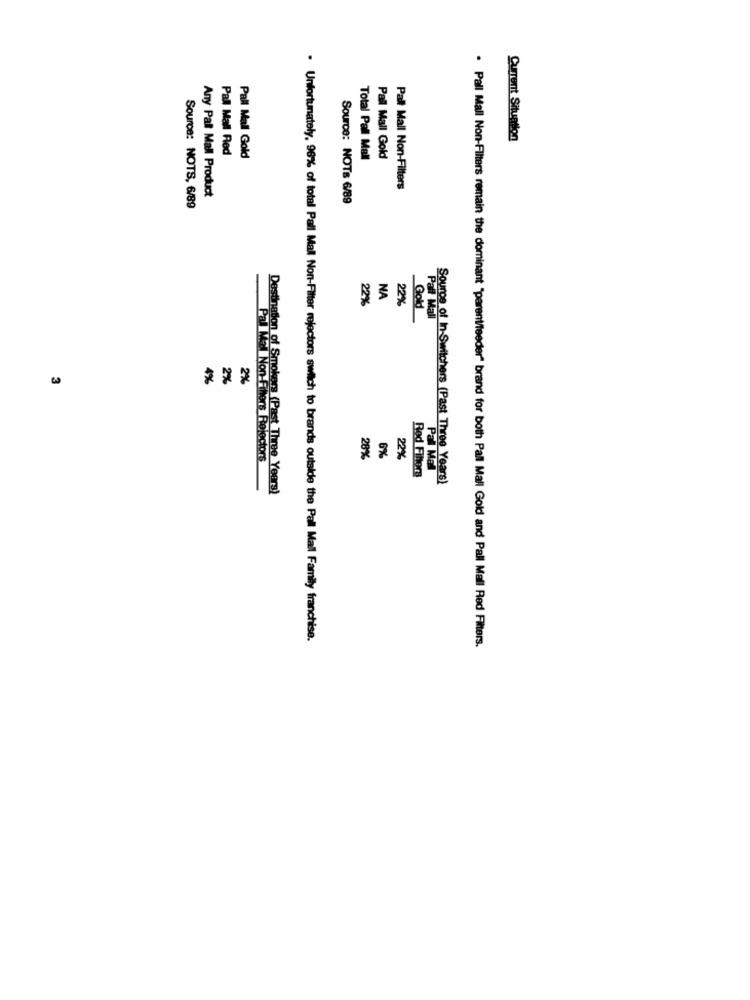
Current Situation
Pall Mall Red
Pall Mall Gold
Total Pall Mall
Pall Mall Gold
Any Pall Mall Product
Pall Mall Non-Filters
Source: NOTs 6/89
Source: NOTS, 6/89
22%
NA
22%
Gold
Pall Mall
4%
2%
2%
Pal Mal Non-Fihors Relectors
28%
6%
22%
Pal Mall
Red Filters
Source of In-Switchers (Past Three Years)
Destination of Smokers (Past Three Years)
. Unfortunately, 96% of total Pall Mall Non-Filter rejectors switch to brands outside the Pall Mall Family franchise.
. Pall Mall Non-Filters remain the dominant "parent/teeder" brand for both Pall Mall Gold and Pall Mall Red Filters.